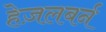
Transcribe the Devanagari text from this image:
हेज़लबर्न